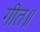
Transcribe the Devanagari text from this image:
गीत॥